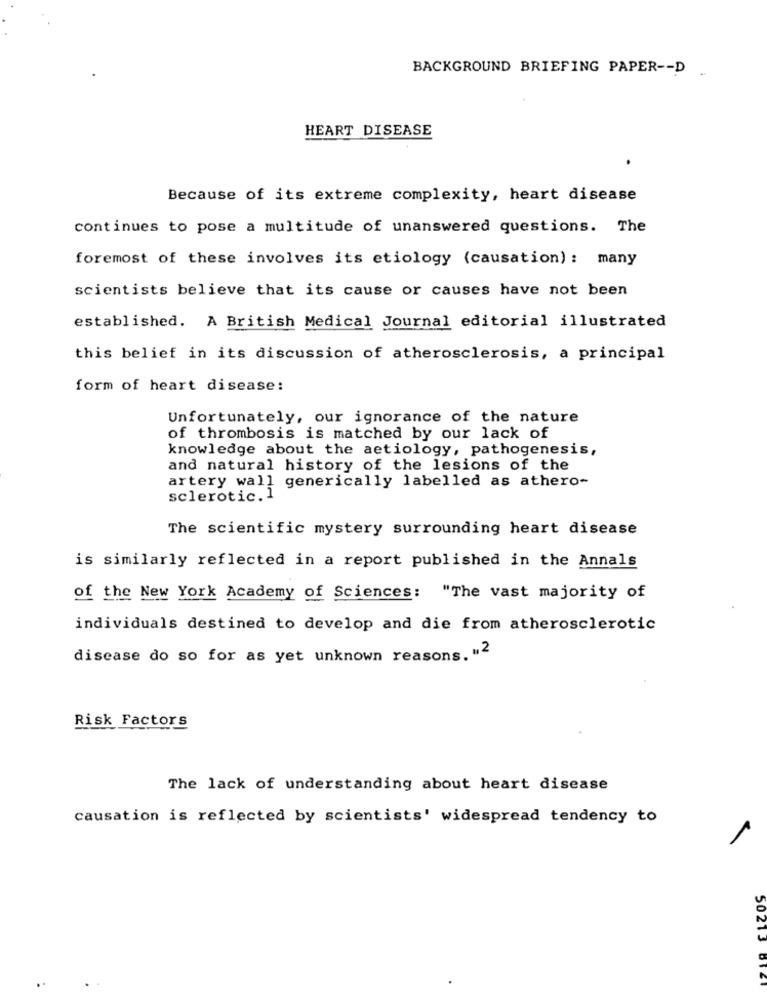
BACKGROUND BRIEFING PAPER -- D ..
HEART DISEASE
Because of its extreme complexity, heart disease
continues to pose a multitude of unanswered questions. The
foremost of these involves its etiology (causation) : many
scientists believe that its cause or causes have not been
established. A British Medical Journal editorial illustrated
this belief in its discussion of atherosclerosis, a principal
form of heart disease:
Unfortunately, our ignorance of the nature
of thrombosis is matched by our lack of
knowledge about the aetiology, pathogenesis,
and natural history of the lesions of the
artery wall generically labelled as athero-
sclerotic.1
The scientific mystery surrounding heart disease
is similarly reflected in a report published in the Annals
of the New York Academy of Sciences: "The vast majority of
individuals destined to develop and die from atherosclerotic
disease do so for as yet unknown reasons. "2
Risk Factors
The lack of understanding about heart disease
causation is reflected by scientists' widespread tendency to
1
50213 6TET